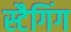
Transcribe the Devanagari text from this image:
स्टैगिंग